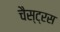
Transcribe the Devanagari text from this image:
चैस्ट्रस